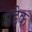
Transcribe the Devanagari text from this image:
सडेक